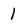
Character: 1